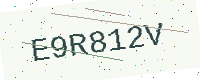
Text: E9R812V